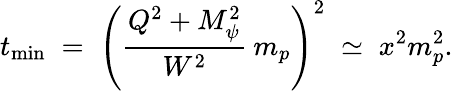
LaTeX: t_{\mathrm{min}}\; =\; \left(\frac{Q^{2}+M_{\psi}^{2}}{W^{2}}\: m_{p}\right)^{2}\; \simeq\; x^{2}m_{p}^{2}.